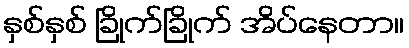
နှစ်နှစ် ခြိုက်ခြိုက် အိပ်နေတာ။